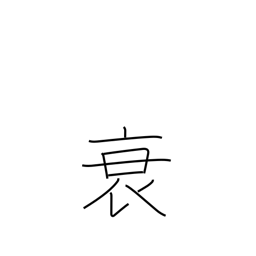
Meaning: weaken